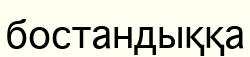
бостандыққа